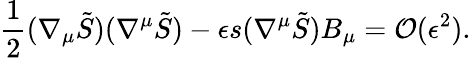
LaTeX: \frac{1}{2}(\nabla_{\mu}\tilde{S})(\nabla^{\mu}\tilde{S})-\epsilon s(\nabla^{\mu}\tilde{S})B_{\mu}=\mathcal{O}(\epsilon^{2}).